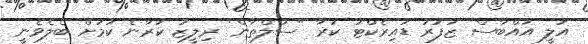
އަލީ އައްބާސް ޒަފަރު ޑައިރެކްޓު ކުރާ "ސުލްތާން" ރިލީޒު ކުރާނެ ކަމަށް ބެލެވެނީ